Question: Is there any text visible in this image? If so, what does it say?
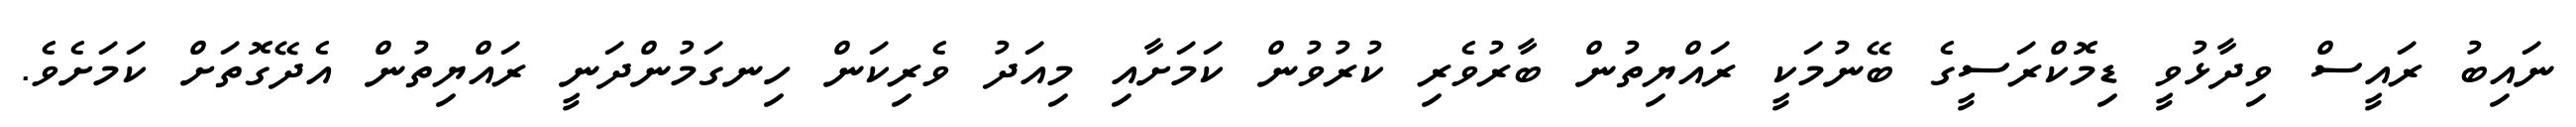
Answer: ނައިބު ރައީސް ވިދާޅުވީ ޑިމޮކްރަސީގެ ބޭނުމަކީ ރައްޔިތުން ބާރުވެރި ކުރުވުން ކަމަށާއި މިއަދު ވެރިކަން ހިނގަމުންދަނީ ރައްޔިތުން އެދޭގޮތަށް ކަމަށެވެ.